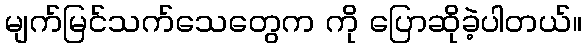
မျက်မြင်သက်သေတွေက ကို ပြောဆိုခဲ့ပါတယ်။